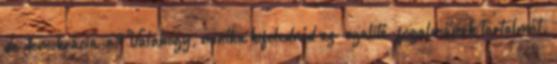
de demokrácia-e? Valahogy, mintha kifelednéd az “egalité” fogalmának tartalmát.